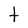
Character: t